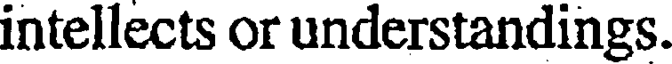
intellects or understandings.